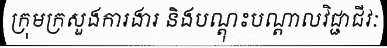
ក្រុមក្រសួងការងារ និងបណ្តុះបណ្តាលវិជ្ជាជីវៈ